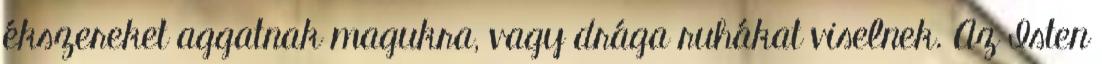
ékszereket aggatnak magukra, vagy drága ruhákat viselnek. Az Isten